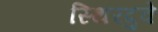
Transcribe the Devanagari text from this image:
स्थिरदुवे